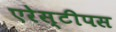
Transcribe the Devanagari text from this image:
एरेस्टीपस